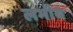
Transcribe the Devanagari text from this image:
लभीय